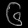
Digit: ၆